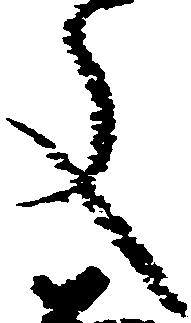
文